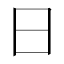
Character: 日